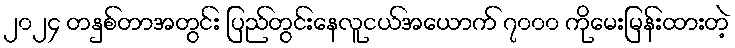
၂၀၂၄ တနှစ်တာအတွင်း ပြည်တွင်းနေလူငယ်အယောက် ၇၀၀၀ ကိုမေးမြန်းထားတဲ့